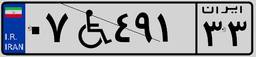
۰۷W۴۹۱۳۳